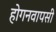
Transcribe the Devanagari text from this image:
होगनवापसी